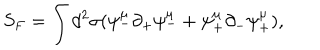
S _ { F } = \int d ^ { 2 } \sigma ( \psi _ { - } ^ { \mu } \partial _ { + } \psi _ { - } ^ { \mu } + \psi _ { + } ^ { \mu } \partial _ { - } \psi _ { + } ^ { \mu } ) ,